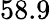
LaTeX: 58.9